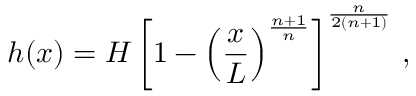
h ( x ) = H \left[ 1 - \left( \frac { x } { L } \right) ^ { \frac { n + 1 } { n } } \right] ^ { \frac { n } { 2 ( n + 1 ) } } \, ,